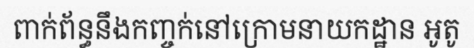
ពាក់ព័ន្ធនឹងកញ្ចក់នៅក្រោមនាយកដ្ឋាន អូតូ